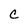
Character: C